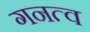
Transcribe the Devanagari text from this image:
गनत्व